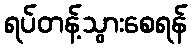
ရပ်တန့်သွားစေရန်